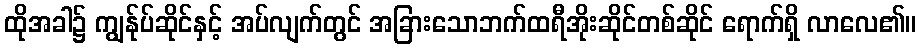
ထိုအခါ၌ ကျွန်ုပ်ဆိုင်နှင့် အပ်လျက်တွင် အခြားသောဘက်ထရီအိုးဆိုင်တစ်ဆိုင် ရောက်ရှိ လာလေ၏။